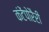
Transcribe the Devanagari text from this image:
कंटेंपोरैरी